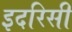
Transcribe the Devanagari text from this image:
इदरिसी